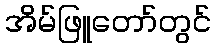
အိမ်ဖြူတော်တွင်